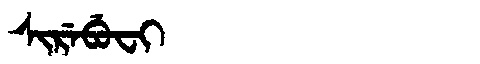
Manchu: ᠰᡳᡵᡝᠪᡠᠸᡳ
Romanization: SIREBUFI